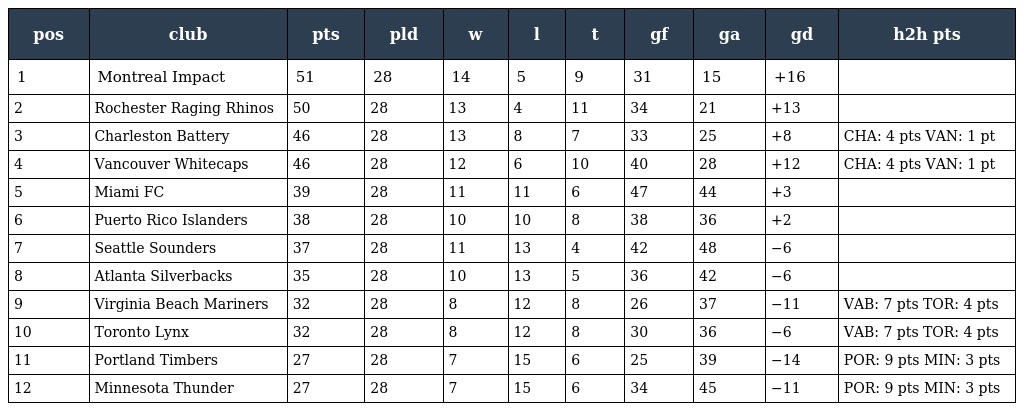
| pos | club | pts | pld | w | l | t | gf | ga | gd | h2h pts |
 | --- | --- | --- | --- | --- | --- | --- | --- | --- | --- | --- |
 | 1 | Montreal Impact | 51 | 28 | 14 | 5 | 9 | 31 | 15 | +16 |  |
 | 2 | Rochester Raging Rhinos | 50 | 28 | 13 | 4 | 11 | 34 | 21 | +13 |  |
 | 3 | Charleston Battery | 46 | 28 | 13 | 8 | 7 | 33 | 25 | +8 | CHA: 4 pts VAN: 1 pt |
 | 4 | Vancouver Whitecaps | 46 | 28 | 12 | 6 | 10 | 40 | 28 | +12 | CHA: 4 pts VAN: 1 pt |
 | 5 | Miami FC | 39 | 28 | 11 | 11 | 6 | 47 | 44 | +3 |  |
 | 6 | Puerto Rico Islanders | 38 | 28 | 10 | 10 | 8 | 38 | 36 | +2 |  |
 | 7 | Seattle Sounders | 37 | 28 | 11 | 13 | 4 | 42 | 48 | −6 |  |
 | 8 | Atlanta Silverbacks | 35 | 28 | 10 | 13 | 5 | 36 | 42 | −6 |  |
 | 9 | Virginia Beach Mariners | 32 | 28 | 8 | 12 | 8 | 26 | 37 | −11 | VAB: 7 pts TOR: 4 pts |
 | 10 | Toronto Lynx | 32 | 28 | 8 | 12 | 8 | 30 | 36 | −6 | VAB: 7 pts TOR: 4 pts |
 | 11 | Portland Timbers | 27 | 28 | 7 | 15 | 6 | 25 | 39 | −14 | POR: 9 pts MIN: 3 pts |
 | 12 | Minnesota Thunder | 27 | 28 | 7 | 15 | 6 | 34 | 45 | −11 | POR: 9 pts MIN: 3 pts |